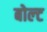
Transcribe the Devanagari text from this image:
बोल्‍ट